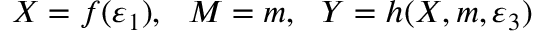
X = f ( \varepsilon _ { 1 } ) , ~ ~ M = m , ~ ~ Y = h ( X , m , \varepsilon _ { 3 } )